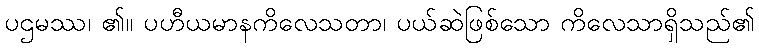
ပဌမဿ၊ ၏။ ပဟီယမာနကိလေသတာ၊ ပယ်ဆဲဖြစ်သော ကိလေသာရှိသည်၏